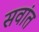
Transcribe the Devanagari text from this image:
सवांत